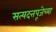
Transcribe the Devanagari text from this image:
सत्यदत्तपूजेच्या